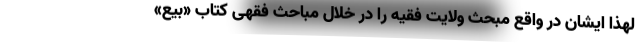
لهذا ایشان در واقع مبحث ولایت فقیه را در خلال مباحث فقهی کتاب «بیع»